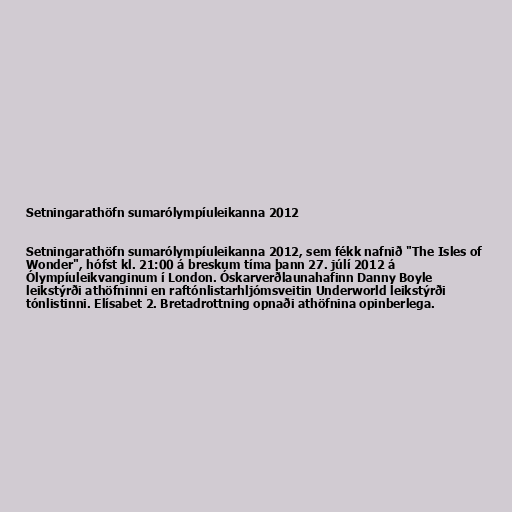
Setningarathöfn sumarólympíuleikanna 2012

Setningarathöfn sumarólympíuleikanna 2012, sem fékk nafnið "The Isles of
Wonder", hófst kl. 21:00 á breskum tíma þann 27. júlí 2012 á
Ólympíuleikvanginum í London. Óskarverðlaunahafinn Danny Boyle
leikstýrði athöfninni en raftónlistarhljómsveitin Underworld leikstýrði
tónlistinni. Elísabet 2. Bretadrottning opnaði athöfnina opinberlega.